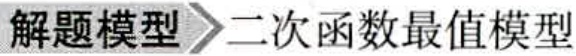
解题模型$\rightharpoonup$二次函数最值模型